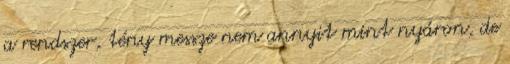
a rendszer, tény messze nem annyit mint nyáron, de